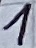
Text: 1